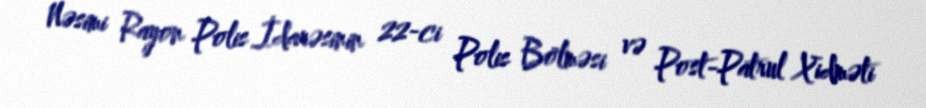
Nəsimi Rayon Polis İdarəsinin 22-ci Polis Bölməsi və Post-Patrul Xidməti